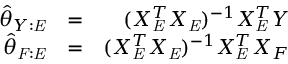
\begin{array} { r l r } { \hat { \theta } _ { Y : \mathit { E } } } & { = } & { ( X _ { \mathit { E } } ^ { T } X _ { \mathit { E } } ) ^ { - 1 } X _ { \mathit { E } } ^ { T } Y } \\ { \hat { \theta } _ { \mathit { F } : \mathit { E } } } & { = } & { ( X _ { \mathit { E } } ^ { T } X _ { \mathit { E } } ) ^ { - 1 } X _ { \mathit { E } } ^ { T } X _ { F } } \end{array}